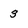
Character: 3